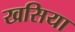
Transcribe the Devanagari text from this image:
खसिया